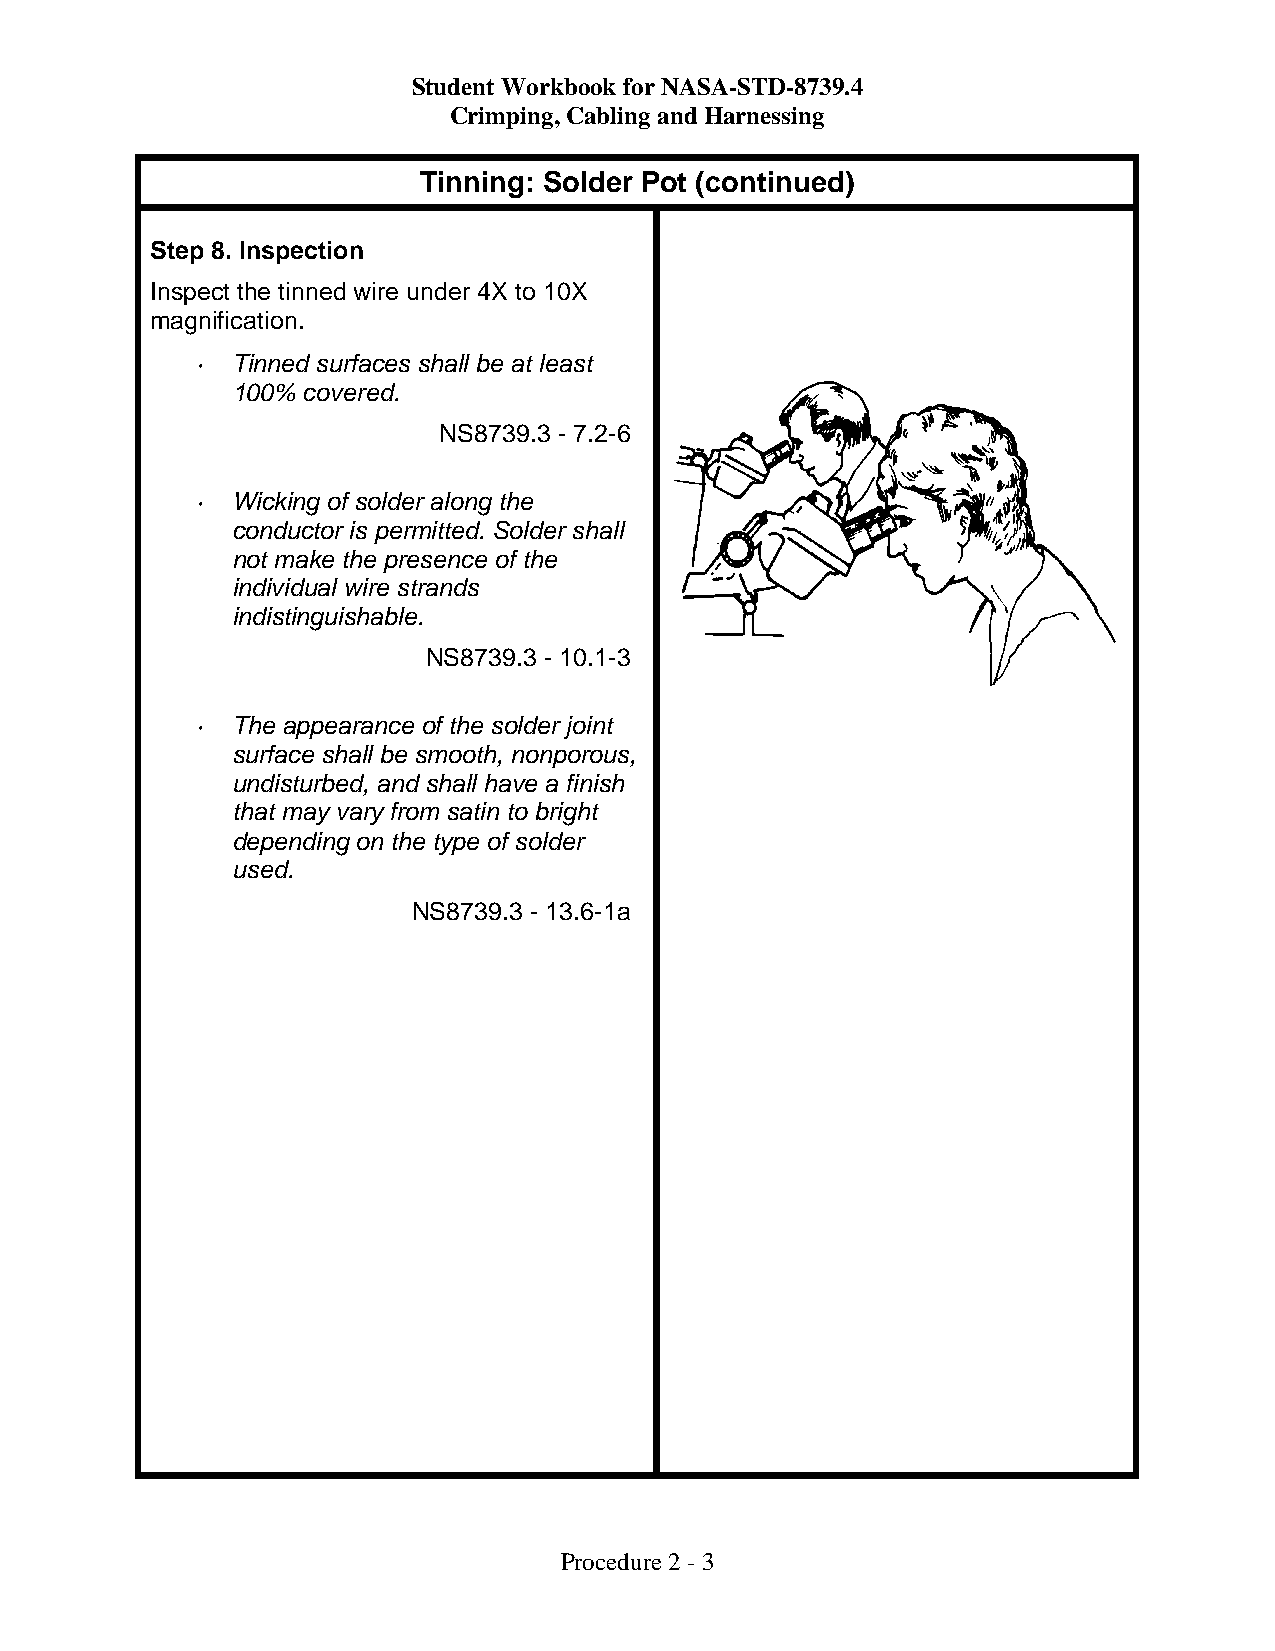
Student Workbook for NASA-STD-8739.4
 Crimping, Cabling and Harnessing
 Tinning: Solder Pot (continued)
 Step 8. Inspection
 Inspect the tinned wire under 4X to 10X
 magnification.
 • Tinned surfaces shall be at least
 100% covered.
 NS8739.3 - 7.2-6
 • Wicking of solder along the
 conductor is permitted. Solder shall
 not make the presence of the
 individual wire strands
 indistinguishable.
 NS8739.3 - 10.1-3
 • The appearance of the solder joint
 surface shall be smooth, nonporous,
 undisturbed, and shall have a finish
 that may vary from satin to bright
 depending on the type of solder
 used.
 NS8739.3 - 13.6-1a
 Procedure 2 - 3